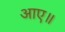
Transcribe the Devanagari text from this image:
आए॥